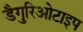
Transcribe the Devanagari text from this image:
डैगुरिओटाइप